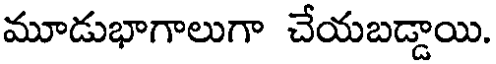
మూడుభాగాలుగా చేయబడ్డాయి.